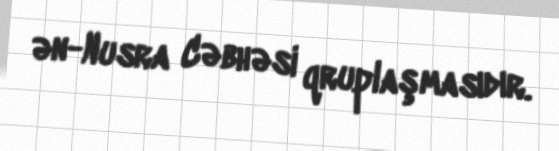
ən-Nusra Cəbhəsi qruplaşmasıdır.